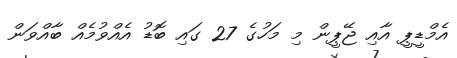
އެމްޑީޕީ އާއި ޖޭޕީން މި މަހުގެ 27 ގައި ބޮޑު އެއްވުމެއް ބާއްވަން